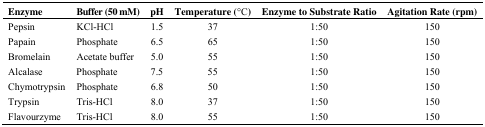
| Enzyme | Buffer (50 mM) | pH | Temperature (°C) | Enzyme to Substrate Ratio | Agitation Rate (rpm) |
 | --- | --- | --- | --- | --- | --- |
 | Pepsin | KCl-HCl | 1.5 | 37 | 1:50 | 150 |
 | Papain | Phosphate | 6.5 | 65 | 1:50 | 150 |
 | Bromelain | Acetate buffer | 5.0 | 55 | 1:50 | 150 |
 | Alcalase | Phosphate | 7.5 | 55 | 1:50 | 150 |
 | Chymotrypsin | Phosphate | 6.8 | 50 | 1:50 | 150 |
 | Trypsin | Tris-HCl | 8.0 | 37 | 1:50 | 150 |
 | Flavourzyme | Tris-HCl | 8.0 | 55 | 1:50 | 150 |